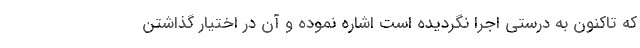
که تاکنون به درستی اجرا نگردیده است اشاره نموده و آن در اختیار گذاشتن